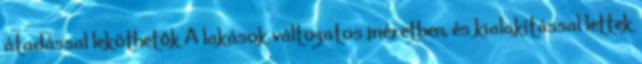
átadással leköthetők A lakások változatos méretben, és kialakítással lettek